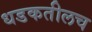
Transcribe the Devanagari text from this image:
धडकतीलच